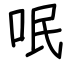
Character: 呡